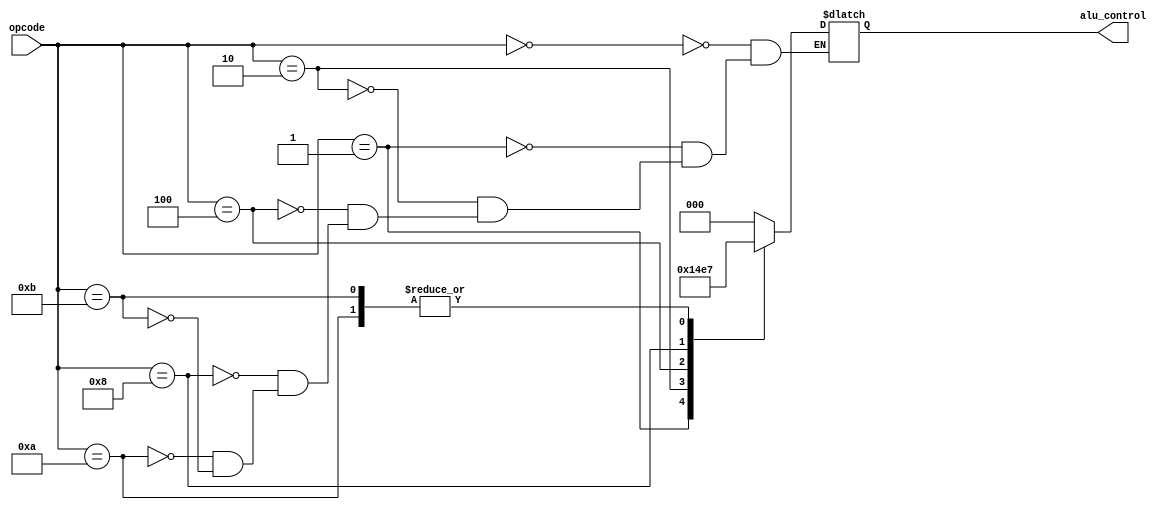
module ARM_Cortex_M0_ALU_Control
(
  input  wire [3 : 0] opcode,
  output reg  [2 : 0] alu_control
);

  always @(*)
    case (opcode)
      4'b0000: alu_control = 3'b000;    // AND
      4'b0001: alu_control = 3'b001;    // XOR
      4'b0010: alu_control = 3'b010;    // SUB
      4'b0100: alu_control = 3'b011;    // ADD
      4'b1000: alu_control = 3'b100;    // ORR (Bitwise OR)
      4'b1010: alu_control = 3'b111;    // LSL (Logical Shift Left)
      4'b1011: alu_control = 3'b111;    // LSR (Logical Shift Right)
    endcase

endmodule